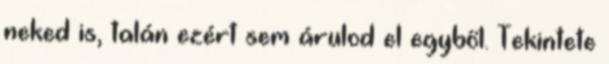
neked is, talán ezért sem árulod el egyből. Tekintete